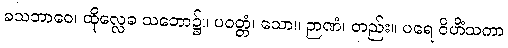
ခသဘာဝေ၊ ထိုလ္လေခ သဘော၌။ ပဝတ္တံ၊ သော။ ဉာဏံ၊ တည်း။ ပရေ ဝိဟိံသကာ